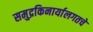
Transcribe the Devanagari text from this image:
समुद्रकिनार्यालगतचे